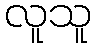
လူသူ